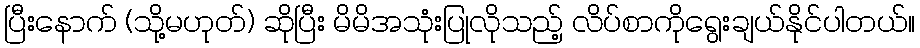
ပြီးနောက် (သို့မဟုတ်) ဆိုပြီး မိမိအသုံးပြုလိုသည့် လိပ်စာကိုရွေးချယ်နိုင်ပါတယ်။